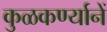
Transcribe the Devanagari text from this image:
कुळकर्ण्यानें